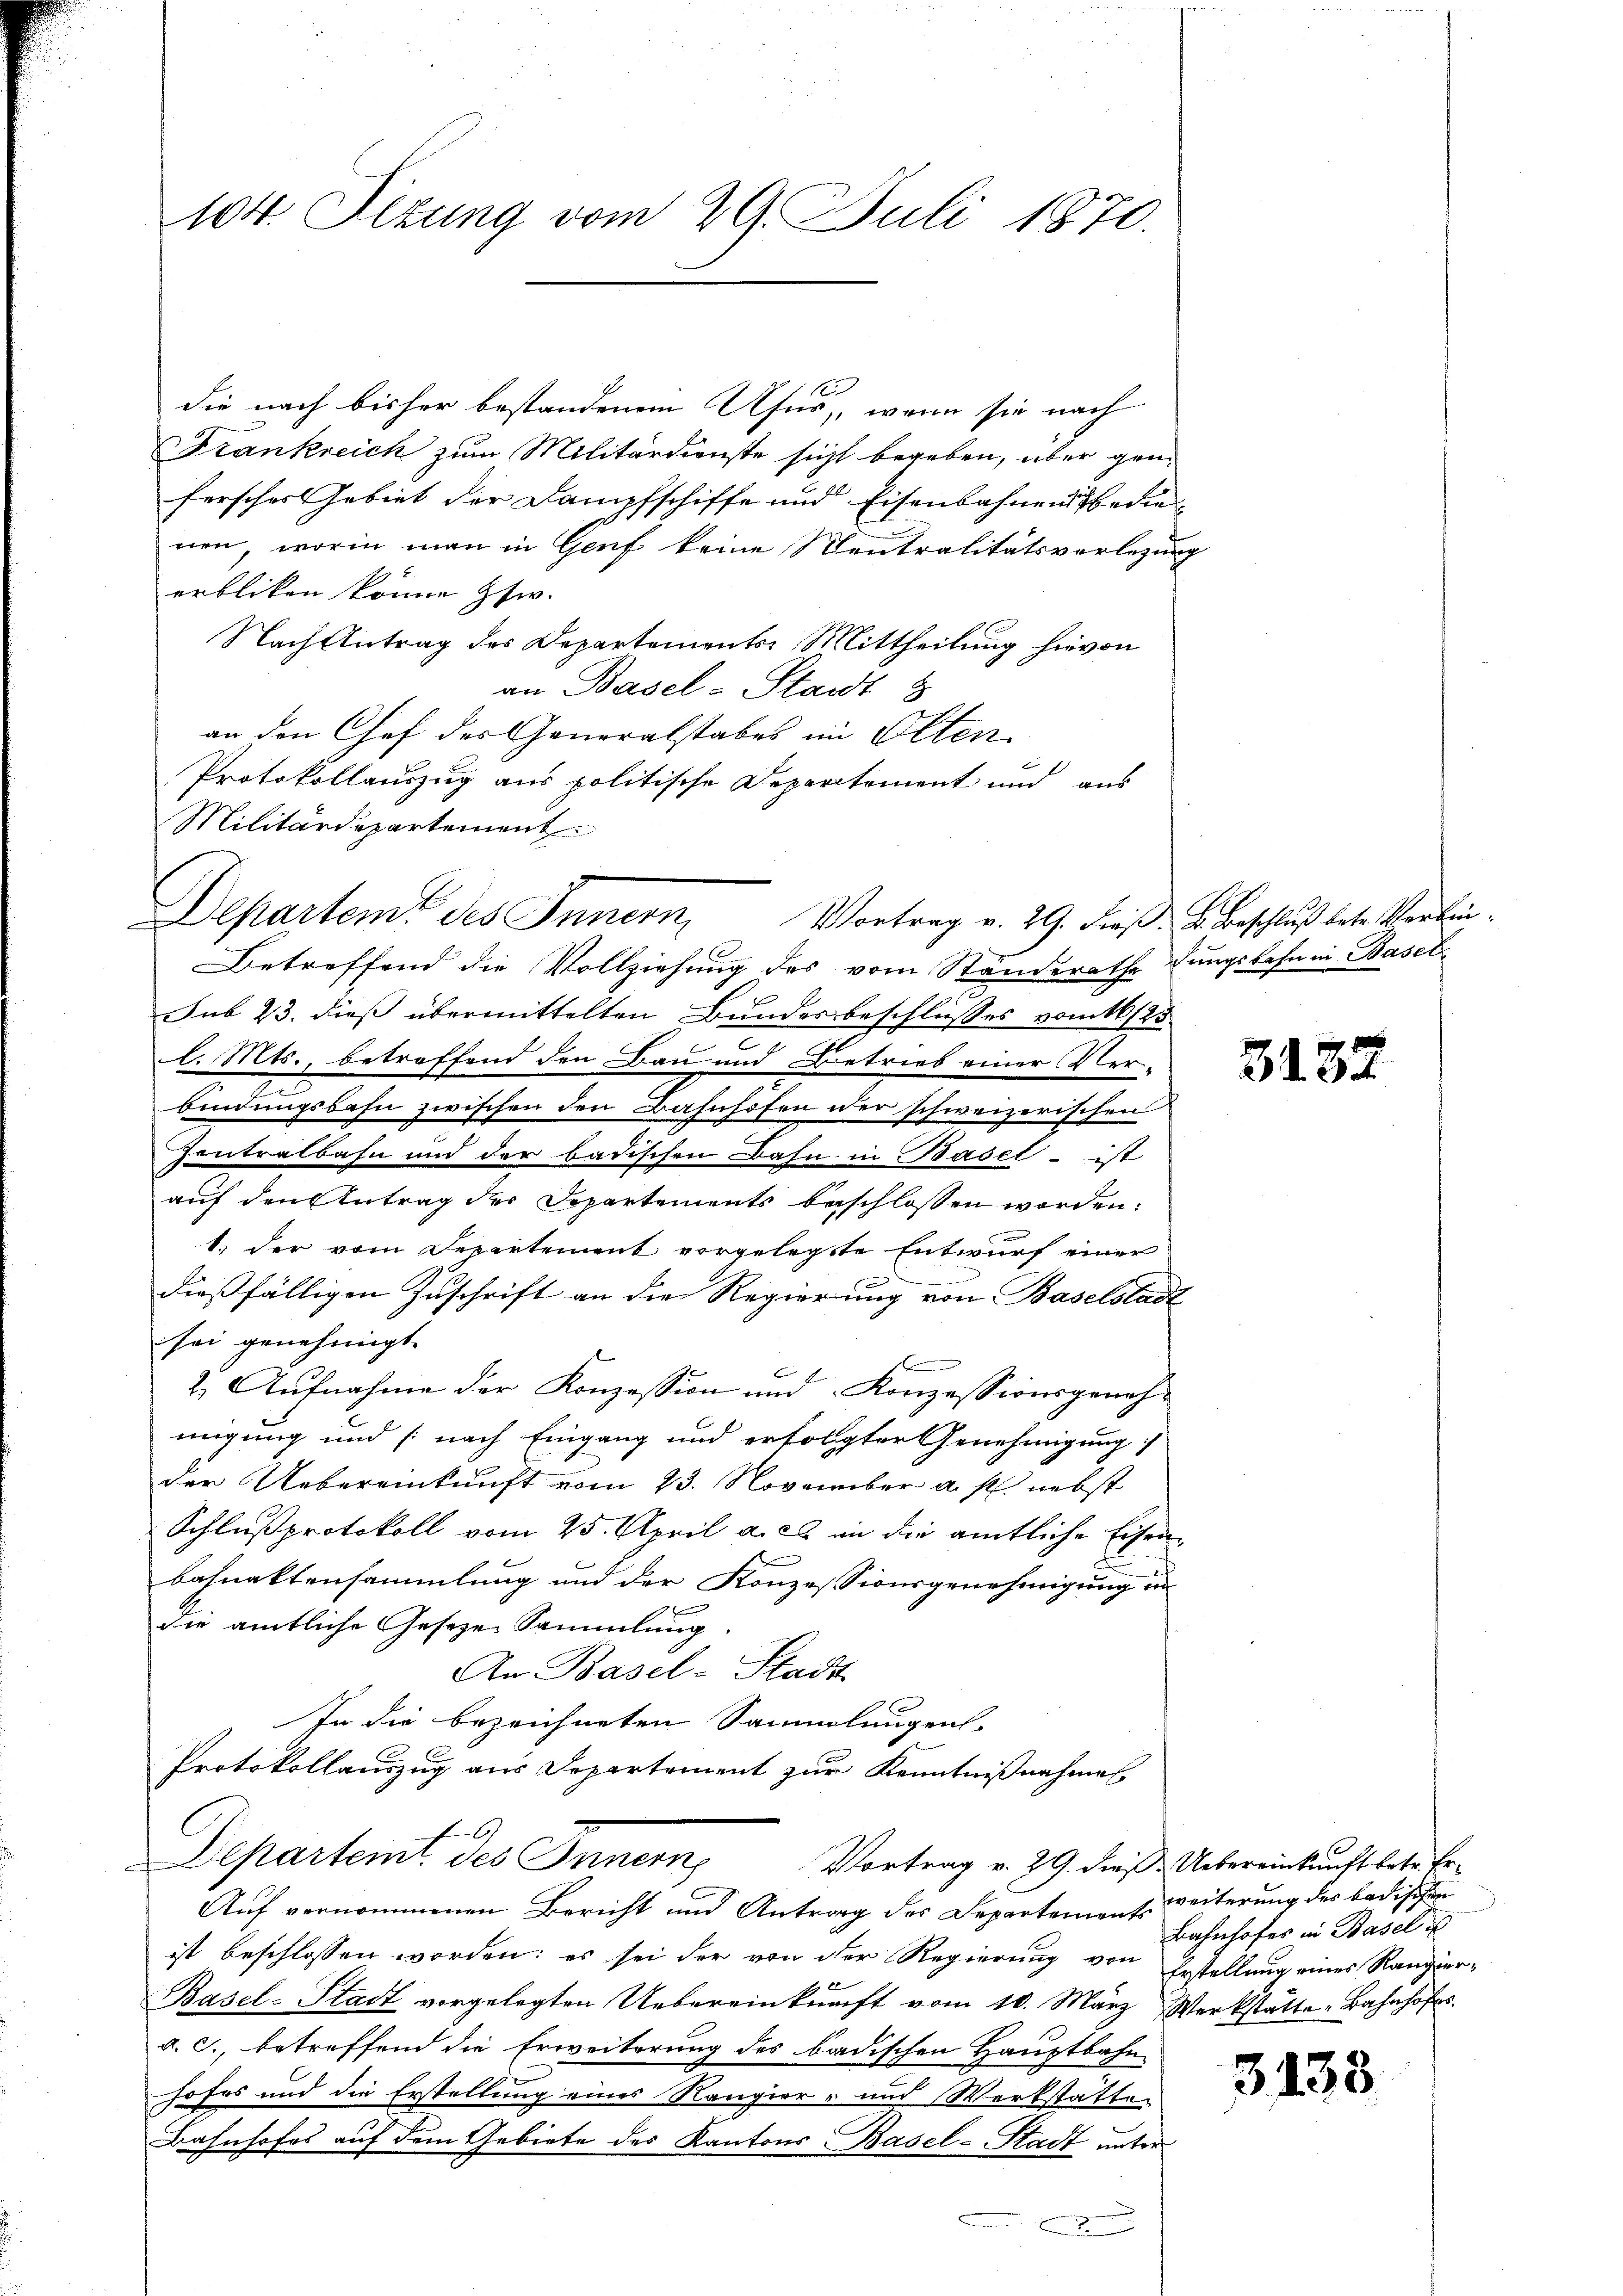
104. Ottung vom 29. Juli 1870.

die nach bisher bestandenen Ufer, wenn sie nach
Frankreich zum Militärdienste sicht begeben, über genherscher Gebiet der Dampfschiffe und Eisenbahnend bedienen, worin man in Genf keine Mentralitätsvorlegung
erbliken könne zw.
Nach Antrag des Departements Mittheilung hievon
an Basel-Stadt 8
an den Chef des Generalstabes im Olten
Protokollauszug aus politische Departement und aus
Militärdepartement
Betreffend die Vollziehung des vom Standerathe Jungsbahnen Basel-
Sub 23. dieß übermittelten Bundesbeschlusses vom 16/25.
l. Mts., betreffend den Bau und Betrieb einer Ver-
bindungsbahn zwischen den Bahnhofen der schweizerischen
Zentralbahn und der badischen Bahn in Basel - ist
auf den Antrag der Dopartements beschlossen worden:
1. der vom Departement vorgelegte Entwurf einer
dießfälligen Zuschrift an die Regierung von Baselstadt
sei genehmigt.
2.) Aufnahme der Konzession und Konzessionsgenohmigung und (nach Eingang und erfolgter Genehmigung
der Uebereinkunft vom 23. November a. s. nebst
Schlussprotokoll vom 25. April a. c. in die amtliche Eisen
bahnaktensammlung und der Konzessionsgenehmigung in
die amtliche Geseze Sammlung
An Basel-Stadt
1
In die bezeichneten Sammlungen.
Protokollauszug aus Departement zur Kenntnißnahmen
6
Departemt des Innern,
Vortrag v. 29. dieß. Uebereinkunft betr. Er¬
Auf vernommenen Bericht und Antrag des Departement weiterung des badischen
ist beschlossen worden; es sei der von der Regierung von Erstellung eines Rangier¬
2
Basel-Stadt vorgelegten Uebereinkunft vom 10. März Werkstätte Bahnhofes
d. J., betreffend die Erweiterung des badischen Hauptbahn
hofes und die Erstellung eines Rangier- und Werkstatten
Bahnhofes auf dem Gebiete des Kantons Basel-Stadt unter
2

Departem des Innern, Vortrag v. 29. Frieß. L. Beschluß bete Verbin¬

3182

Bahnhofes in Basel u

3438